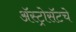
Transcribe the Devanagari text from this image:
ॲस्ट्रोसॅटचे